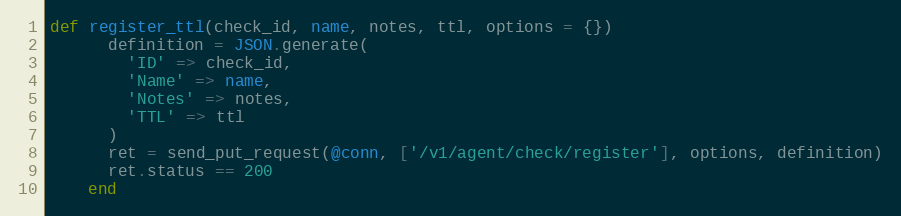
Language: Ruby
def register_ttl(check_id, name, notes, ttl, options = {})
      definition = JSON.generate(
        'ID' => check_id,
        'Name' => name,
        'Notes' => notes,
        'TTL' => ttl
      )
      ret = send_put_request(@conn, ['/v1/agent/check/register'], options, definition)
      ret.status == 200
    end